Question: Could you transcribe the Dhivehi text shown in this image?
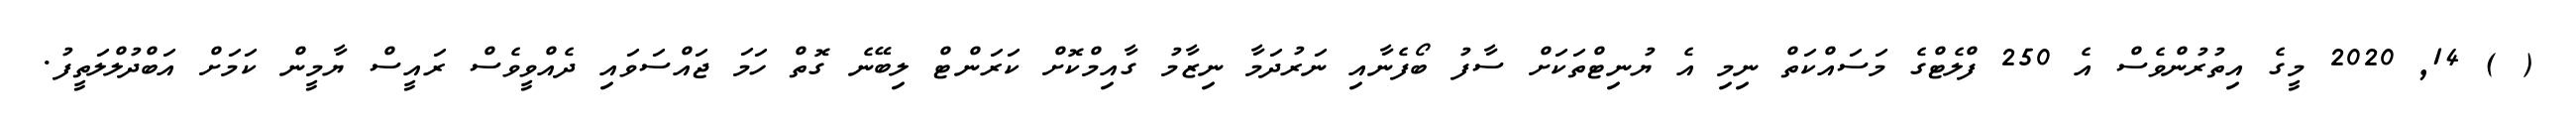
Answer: ( ) 14, 2020 މީގެ އިތުރުންވެސް އެ 250 ފްލެޓްގެ މަސައްކަތް ނިމި އެ ޔުނިޓްތަކަށް ސާފު ބޯފެނާއި ނަރުދަމާ ނިޒާމު ގާއިމްކޮށް ކަރަންޓް ލިބޭނެ ގޮތް ހަމަ ޖައްސަވައި ދެއްވީވެސް ރައީސް ޔާމީން ކަމަށް އަބްދުލްލަތީފު.